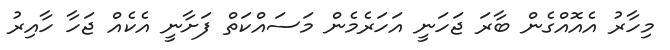
މިހާރު އެއޮއްގެން ބާރަ ޖަހަނީ އަހަރެމެން މަސައްކަތް ފަށާނީ އެކެއް ޖަހާ ހާއިރު